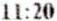
11:20